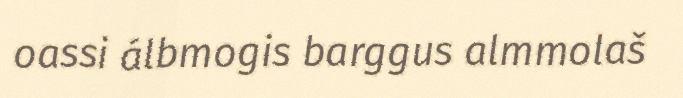
oassi álbmogis barggus almmolaš